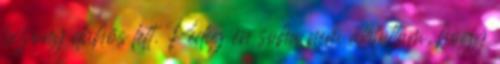
bizony dühös lett. Pedig én soha nem állítottam, hogy